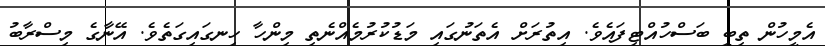
އެމީހުން ތިބީ ބަސްހުއްޓިފައެވެ. އިތުރަށް އެތަނުގައި މަޑުކުރުމެއްނެތި މިންހާ ހިނގައިގަތެވެ. އޭނާގެ މިސްރާބު